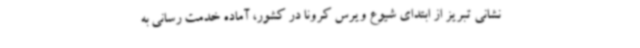
نشانی تبریز از ابتدای شیوع ویرس کرونا در کشور، آماده خدمت رسانی به